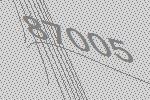
87005